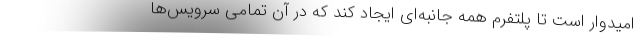
امیدوار است تا پلتفرم همه جانبه‌ای ایجاد کند که در آن تمامی سرویس‌ها